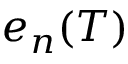
e _ { n } ( T )